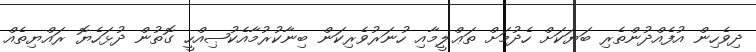
ދިވެހިން އުފެއްދުންތެރި ބަޔަކަށް ހެދުމަށް ތަޢްލީމާއި ހުނަރުވެރިކަން ބިނާކުރުމާއެކުޞިއްހީ ގޮތުން ދުޅަހެޔޮ ރައްޔިތެއް